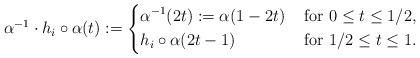
LaTeX: \begin{align*}\alpha^{-1}\cdot h_i\circ\alpha(t):= \left\{\begin{aligned}& \alpha^{-1}(2t):=\alpha(1-2t)&\mbox{ for } 0\leq t\leq 1/2,\\& h_i\circ\alpha(2t-1) &\mbox{ for } 1/2\leq t\leq 1.\end{aligned}\right.\end{align*}